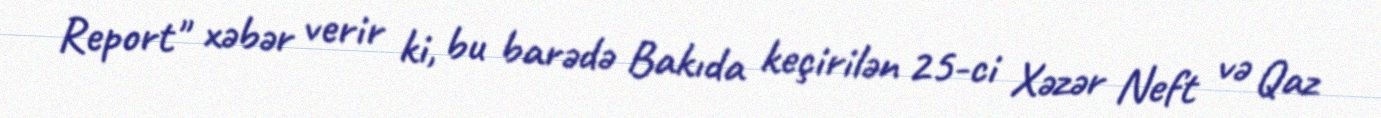
Report" xəbər verir ki, bu barədə Bakıda keçirilən 25-ci Xəzər Neft və Qaz